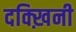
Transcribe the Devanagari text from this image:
दक्ख़िनी